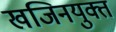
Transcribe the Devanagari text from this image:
खजिनयुक्त